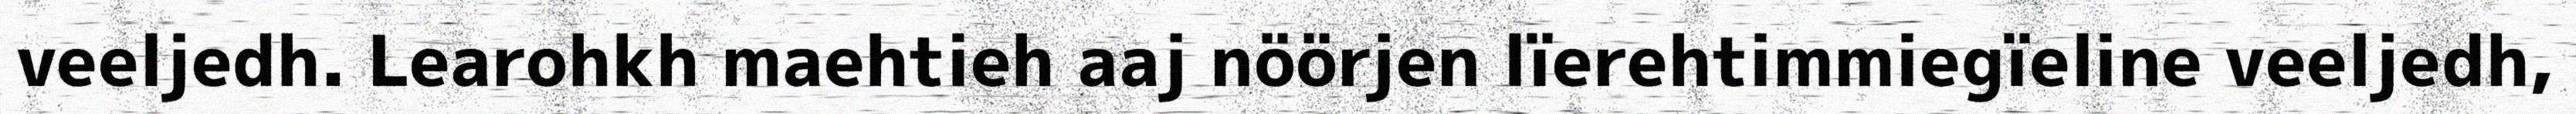
veeljedh. Learohkh maehtieh aaj nöörjen lïerehtimmiegïeline veeljedh,